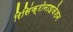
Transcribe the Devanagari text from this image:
रिसिंक्रोनाइजेशन